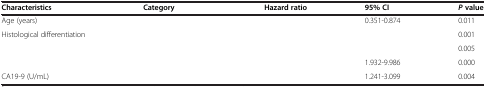
<table><thead><tr><td><b>Characteristics</b></td><td><b>Category</b></td><td><b>Hazard ratio</b></td><td><b>95% CI</b></td><td><b><i>P</i>value</b></td></tr></thead><tbody><tr><td>Age (years)</td><td>[EMPTY_CELL]</td><td>[EMPTY_CELL]</td><td>0.351-0.874</td><td>0.011</td></tr><tr><td rowspan="3">Histological differentiation</td><td>[EMPTY_CELL]</td><td>[EMPTY_CELL]</td><td>[EMPTY_CELL]</td><td>0.001</td></tr><tr><td>[EMPTY_CELL]</td><td>[EMPTY_CELL]</td><td>[EMPTY_CELL]</td><td>0.005</td></tr><tr><td>[EMPTY_CELL]</td><td>[EMPTY_CELL]</td><td>1.932-9.986</td><td>0.000</td></tr><tr><td>CA19-9 (U/mL)</td><td>[EMPTY_CELL]</td><td>[EMPTY_CELL]</td><td>1.241-3.099</td><td>0.004</td></tr></tbody></table>